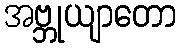
အဗ္ဘုယျာတော